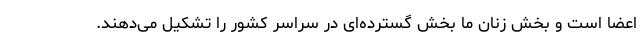
اعضا است و بخش زنان ما بخش گسترده‌ای در سراسر کشور را تشکیل می‌دهند.